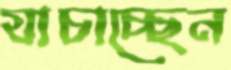
যাচাচ্ছেন